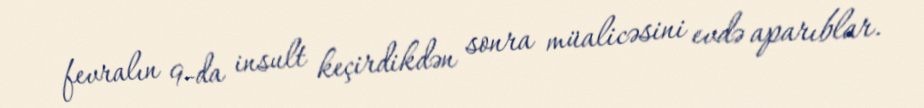
fevralın 9-da insult keçirdikdən sonra müalicəsini evdə aparıblar.